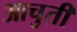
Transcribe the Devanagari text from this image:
आचुती